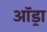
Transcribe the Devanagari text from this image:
ऑड्रा